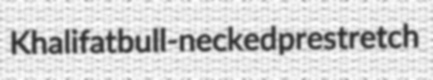
Khalifat bull-necked prestretch